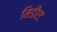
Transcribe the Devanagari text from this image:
मिडीएट